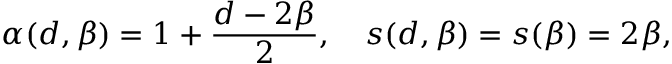
\alpha ( d , \beta ) = 1 + \frac { d - 2 \beta } { 2 } , \ \ \ s ( d , \beta ) = s ( \beta ) = 2 \beta ,